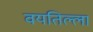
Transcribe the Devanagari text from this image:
वयतिल्ला